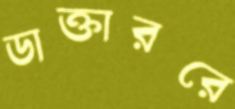
ডাক্তাররে